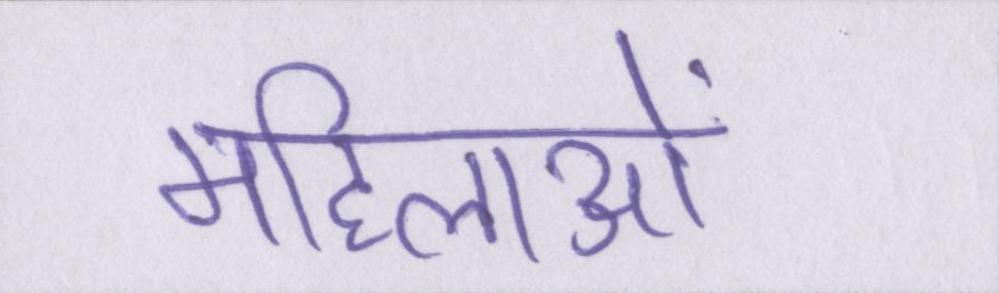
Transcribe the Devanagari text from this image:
महिलाओं